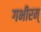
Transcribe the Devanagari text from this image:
गभीरम्